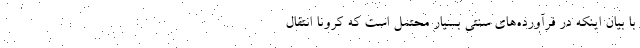
با بیان اینکه در فرآورده‌های سنتی بسیار محتمل است که کرونا انتقال